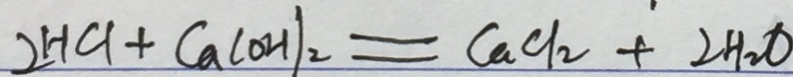
2 H C l + C a ( O H ) _ { 2 } = C a C l _ { 2 } + 2 H _ { 2 } O